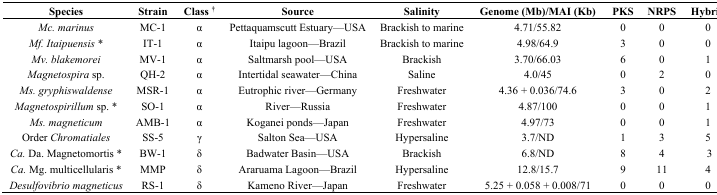
| Species | Strain | Class † | Source | Salinity | Genome (Mb)/MAI (Kb) | PKS | NRPS | Hybrid |
 | --- | --- | --- | --- | --- | --- | --- | --- | --- |
 | Mc. marinus | MC-1 | α | Pettaquamscutt Estuary—USA | Brackish to marine | 4.71/55.82 | 0 | 0 | 0 |
 | Mf. Itaipuensis * | IT-1 | α | Itaipu lagoon—Brazil | Brackish to marine | 4.98/64.9 | 3 | 0 | 0 |
 | Mv. blakemorei | MV-1 | α | Saltmarsh pool—USA | Brackish | 3.70/66.03 | 6 | 0 | 1 |
 | Magnetospira sp. | QH-2 | α | Intertidal seawater—China | Saline | 4.0/45 | 0 | 2 | 0 |
 | Ms. gryphiswaldense | MSR-1 | α | Eutrophic river—Germany | Freshwater | 4.36 + 0.036/74.6 | 3 | 0 | 2 |
 | Magnetospirillum sp. * | SO-1 | α | River—Russia | Freshwater | 4.87/100 | 0 | 0 | 1 |
 | Ms. magneticum | AMB-1 | α | Koganei ponds—Japan | Freshwater | 4.97/73 | 0 | 0 | 1 |
 | Order Chromatiales | SS-5 | γ | Salton Sea—USA | Hypersaline | 3.7/ND | 1 | 3 | 5 |
 | Ca. Da. Magnetomortis * | BW-1 | δ | Badwater Basin—USA | Brackish | 6.8/ND | 8 | 4 | 3 |
 | Ca. Mg. multicellularis * | MMP | δ | Araruama Lagoon—Brazil | Hypersaline | 12.8/15.7 | 9 | 11 | 4 |
 | Desulfovibrio magneticus | RS-1 | δ | Kameno River—Japan | Freshwater | 5.25 + 0.058 + 0.008/71 | 0 | 0 | 0 |